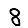
Digit: 8